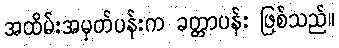
အထိမ်းအမှတ်ပန်းက ခတ္တာပန်း ဖြစ်သည်။